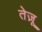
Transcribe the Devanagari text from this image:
तेज़ू